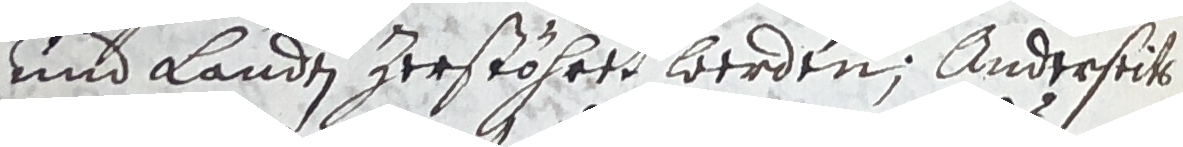
und landtn zerstöhret werden, anderseits